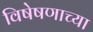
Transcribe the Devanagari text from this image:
विषेषणाच्या